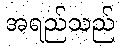
အရည်သည်